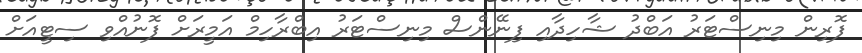
ފޮރިން މިނިސްޓަރު އަބްދު ޝާހިދާއި ފިނޭންސް މިނިސްޓަރު އިބްރާހިމް އަމީރަށް ފޮނުއްވި ސިޓީއަށް